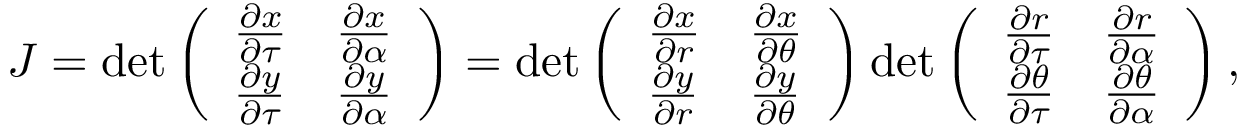
\begin{array} { r } { J = \operatorname* { d e t } \left( \begin{array} { l l } { \frac { \partial x } { \partial \tau } } & { \frac { \partial x } { \partial \alpha } } \\ { \frac { \partial y } { \partial \tau } } & { \frac { \partial y } { \partial \alpha } } \end{array} \right) = \operatorname* { d e t } \left( \begin{array} { l l } { \frac { \partial x } { \partial r } } & { \frac { \partial x } { \partial \theta } } \\ { \frac { \partial y } { \partial r } } & { \frac { \partial y } { \partial \theta } } \end{array} \right) \operatorname* { d e t } \left( \begin{array} { l l } { \frac { \partial r } { \partial \tau } } & { \frac { \partial r } { \partial \alpha } } \\ { \frac { \partial \theta } { \partial \tau } } & { \frac { \partial \theta } { \partial \alpha } } \end{array} \right) , } \end{array}